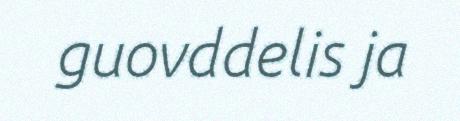
guovddelis ja